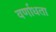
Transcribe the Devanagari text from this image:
वर्णाधता